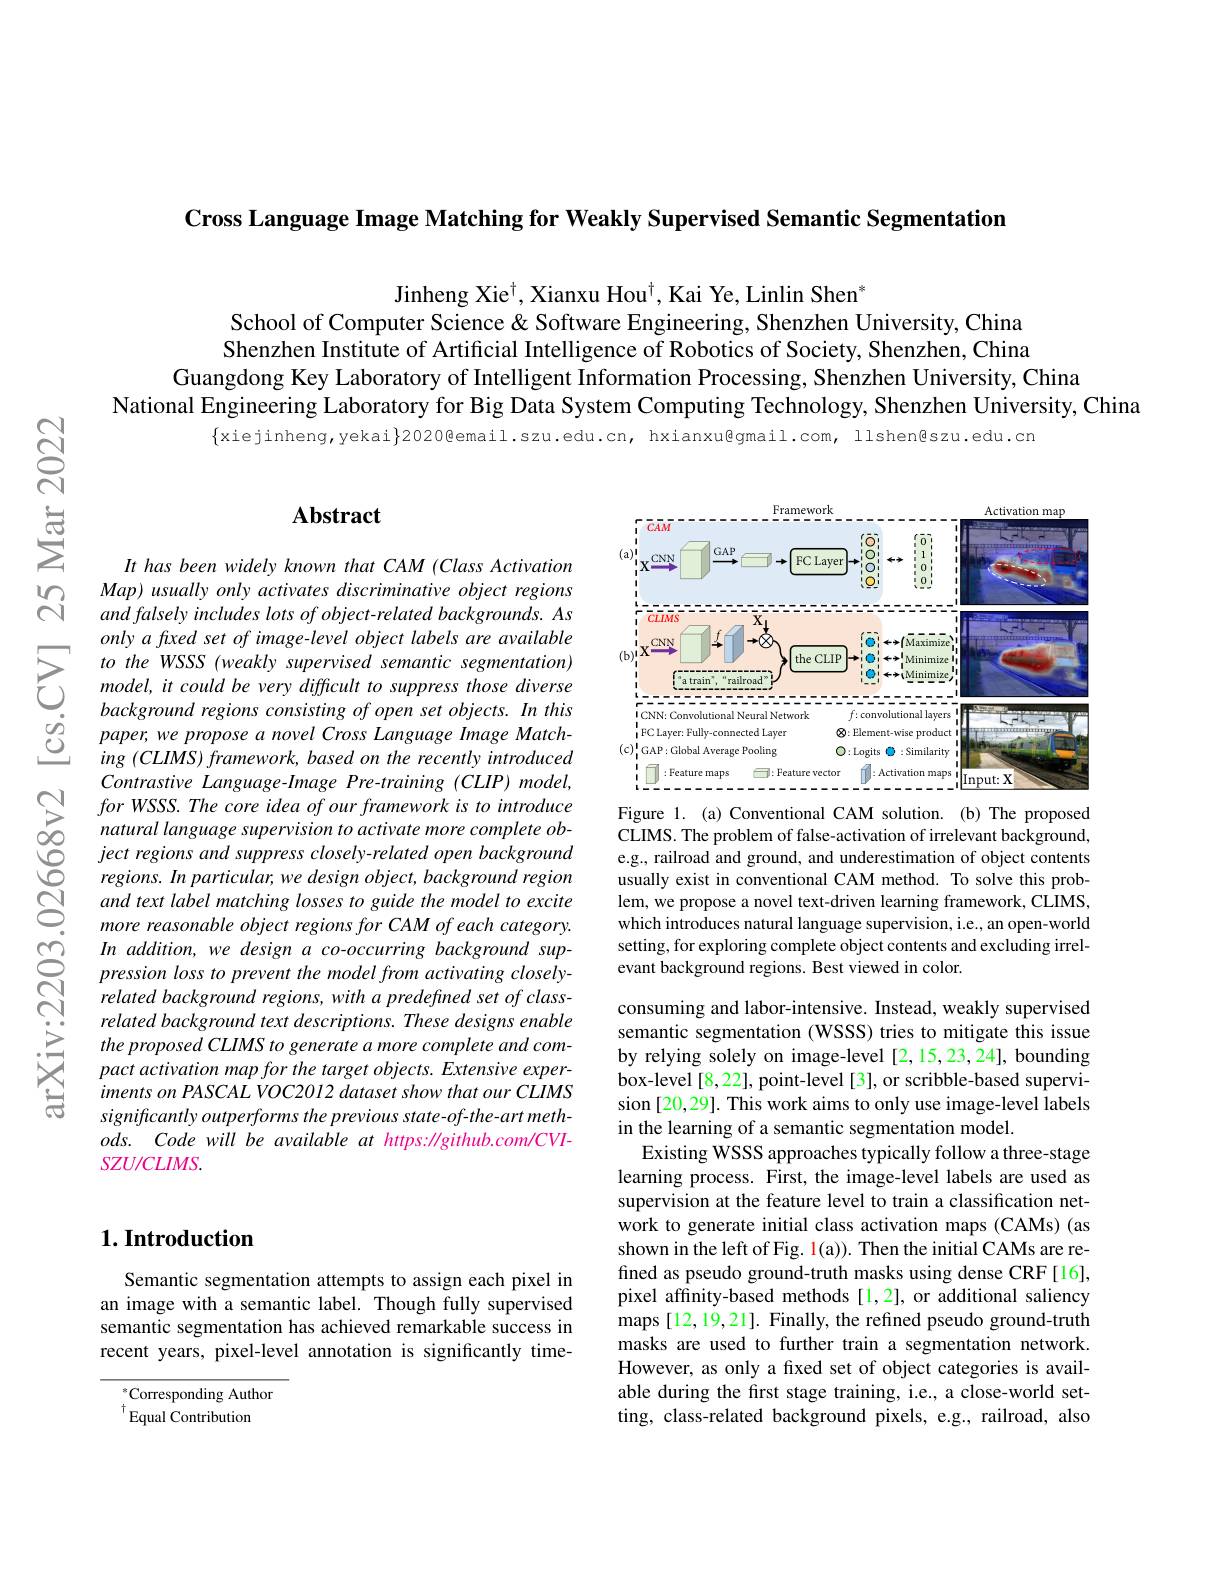
Cross Language Image Matching for Weakly Supervised Semantic Segmentation

Jinheng Xie$^\dagger$, Xianxu Hou$^\dagger$, Kai Ye, Linlin Shen$^*$
School of Computer Science & Software Engineering, Shenzhen University, China Shenzhen Institute of Artificial Intelligence of Robotics of Society, Shenzhen, China
Guangdong Key Laboratory of Intelligent Information Processing, Shenzhen University, China
National Engineering Laboratory for Big Data System Computing Technology, Shenzhen University, China
$\{$xiejinheng,yekai$\}$2020@email.szu.edu.cn, hxianxu@gmail.com, llshen@szu.edu.cn

### $\mathbf{Abstract}$

<FigureHere>
Figure 1. (a) Conventional CAM solution. (b) The proposed

It has been widely known that CAM (Class Activation Map) usually only activates discriminative object regions and falsely includes lots of object-related backgrounds. As
$\sum_{\begin{array}{lll}&only\:a\:fxed\:set\:of\:image-level\:object\:labels\:are\:available\\&to\:the\:WSSS\:(weakly\:supervised\:semantic\:segmentation)\\&model,it\:could\:be\:very\:difficult\:to\:suppress\:those\:diverse\\&backeround\:regions\:consisting\:of\:open\:set\:obiects.\:In\:this\end{array}}$ $\begin{array}{ccc}{&background~regions~consisting~of~open~set~objects.~In~this}\\{\textcircled{0}}&{paper,we~propose~a~novel~Cross~Language~Image~Match-}\\{\textcircled{0}}&{ing~(CLIMS)~framework,~based~on~the~recently~introduced}\end{array}$
ing $( CLIMS)$ $framework, based$ $on$ the recently introduced Contrastive Language-Image Pre-training (CLIP) model, for WSSSS. The core idea of our framework is to introduce natural language supervision to activate more complete object regions and suppress closely-related open background regions. In particular, we design object, background region and text label matching losses to guide the model to excite more reasonable object regions for CAM of each category. In addition, we design a co-occurring background suppression loss to prevent the model from activating closelyrelated background regions, with a predefined set of classrelated background text descriptions. These designs enable the proposed CLIMS to generate a more complete and compact activation map for the target objects. Extensive exper- $imentsonPASCALVOC2012$ dataset show that our CLIMS significantly outperforms the previous state-of-the-art meth- $ods.$ Codewill be available at https: //github.com/CVI- $SZU/CLIMS.$

CLIMS. The problem of false-activation of irrelevant background, e.g., railroad and ground, and underestimation of object contents usually exist in conventional CAM method. To solve this problem, we propose a novel text-driven learning framework, CLIMS, which introduces natural language supervision, i.e., an open-world setting, for exploring complete object contents and excluding irrelevant background regions. Best viewed in color.

consuming and labor-intensive. Instead, weakly supervised semantic segmentation (WSSS) tries to mitigate this issue by relying solely on image-level [2,15,23,24], bounding box-level[8,22], point-level[3], or scribble-based supervision [20,29]. This work aims to only use image-level labels in the learning of a semantic segmentation model.
Existing WSSS approaches typically follow a three-stage learning process. First, the image-level labels are used as supervision at the feature level to train a classification network to generate initial class activation maps (CAMs) (as shown in the left of Fig. $\color{red}1(\mathrm{a})).$ Then the initial CAMs are refined as pseudo ground-truth masks using dense CRF[16], pixel affinity-based methods[1,2], or additional saliency maps [12,19,21]. Finally, the refined pseudo ground-truth masks are used to further train a segmentation network. However, as only a fixed set of object categories is available during the first stage training, i.e., a close-world setting, class-related background pixels, e.g., railroad, also

### $1. \textbf{Introduction}$

Semantic segmentation attempts to assign each pixel in an image with a semantic label. Though fully supervised semantic segmentation has achieved remarkable success in recent years, pixel-level annotation is significantly time-

$^*$Corresponding Author $^{\dagger}$Equal Contribution